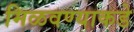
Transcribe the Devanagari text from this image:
मिळवण्याकडे